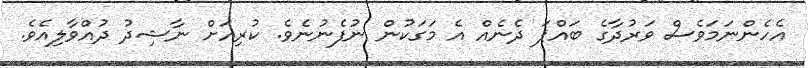
އެހެންނަމަވެސް ވަރުދާގެ ބައްޕަ ދެނެއް އެ މަގަކުން ނުފެނުނެވެ. ކުރިއަށް ނާޝިދު ދުއްވާލިއެވެ.